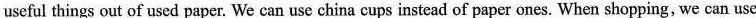
useful things out of used paper. We can use china cups instead of paper ones. When shopping, we can use